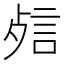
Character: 𰴬